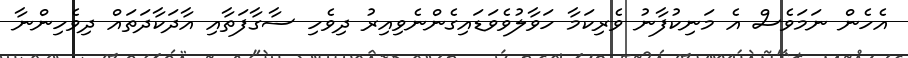
އެހެން ނަމަވެސް އެ މަނިކުފާނު ވެރިކަމާ ހަވާލުވެވަޑައިގެންނެވިއިރު ދިވެހި ސާގާފަތާއި އާދަކާދަތައް ދިވެހިންނާ